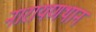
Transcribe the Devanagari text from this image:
नारायणथान